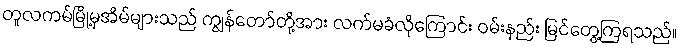
တူလကမ်မြို့မှအိမ်များသည် ကျွန်တော်တို့အား လက်မခံလိုကြောင်း ဝမ်းနည်း မြင်တွေ့ကြရသည်။